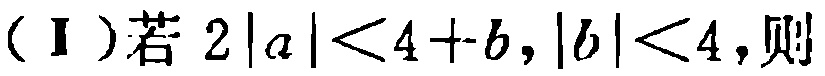
（Ⅰ）若 \(2|a|<4 + b,|b|<4\)，则